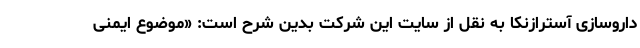
داروسازی آسترازنکا به نقل از سایت این شرکت بدین شرح است: «موضوع ایمنی